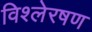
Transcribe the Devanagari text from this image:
विश्लेरषण